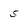
Character: 5